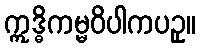
ဣဒ္ဓိကမ္မဝိပါကပဥှ။